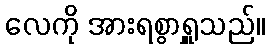
လေကို အားရစွာရှူသည်။